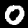
Digit: 0